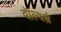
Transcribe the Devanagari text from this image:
वॉल्वर्थ़